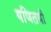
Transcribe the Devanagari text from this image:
गणितयी